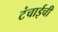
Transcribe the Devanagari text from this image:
टंचाईची